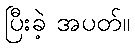
ပြီးခဲ့ အပတ်။